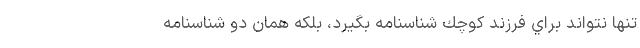
تنها نتواند براي فرزند كوچك شناسنامه بگيرد، بلكه همان دو شناسنامه